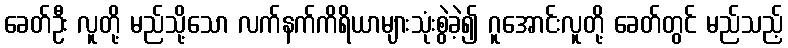
ခေတ်ဦး လူတို့ မည်သို့သော လက်နက်ကိရိယာများသုံးစွဲခဲ့၍ ဂူအောင်းလူတို့ ခေတ်တွင် မည်သည့်